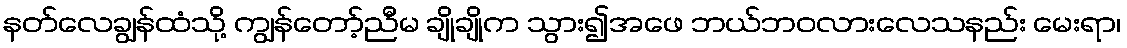
နတ်လေချွန်ထံသို့ ကျွန်တော့်ညီမ ချိုချိုက သွား၍အဖေ ဘယ်ဘဝလားလေသနည်း မေးရာ၊